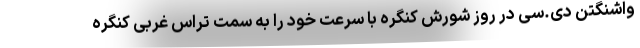
واشنگتن دی.سی در روز شورش کنگره با سرعت خود را به سمت تراس غربی کنگره